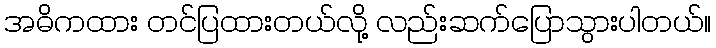
အဓိကထား တင်ပြထားတယ်လို့ လည်းဆက်ပြောသွားပါတယ်။